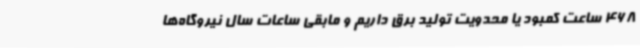
468 ساعت کمبود یا محدویت تولید برق داریم و مابقی ساعات سال نیروگاه‌ها